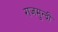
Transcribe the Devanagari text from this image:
राजमुन्द्री